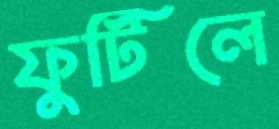
ফুটিলে